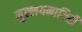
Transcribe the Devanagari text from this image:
मुल्लयनागिरी